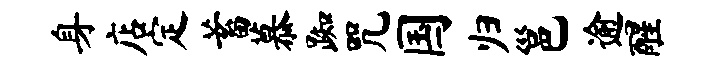
身店定蓄慕踟咒国归邕逾醒